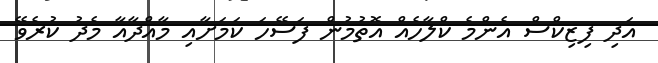
އަދި ފިޒިކްސް އެންމެ ކްލާހެއް އޮތުމުން ފަސޭހަ ކަމަށާއި މާއްދާއާ މެދު ކުރެވޭ